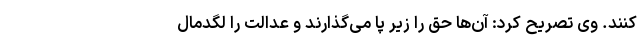
کنند. وی تصریح کرد: آن‌ها حق را زیر پا می‌گذارند و عدالت را لگدمال